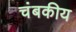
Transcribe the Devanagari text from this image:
चंबकीय